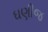
ઘણીજ